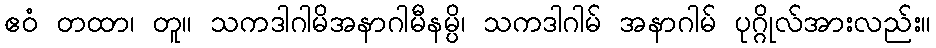
ဧဝံ တထာ၊ တူ။ သကဒါဂါမိအနာဂါမီနမ္ပိ၊ သကဒါဂါမ် အနာဂါမ် ပုဂ္ဂိုလ်အားလည်း။